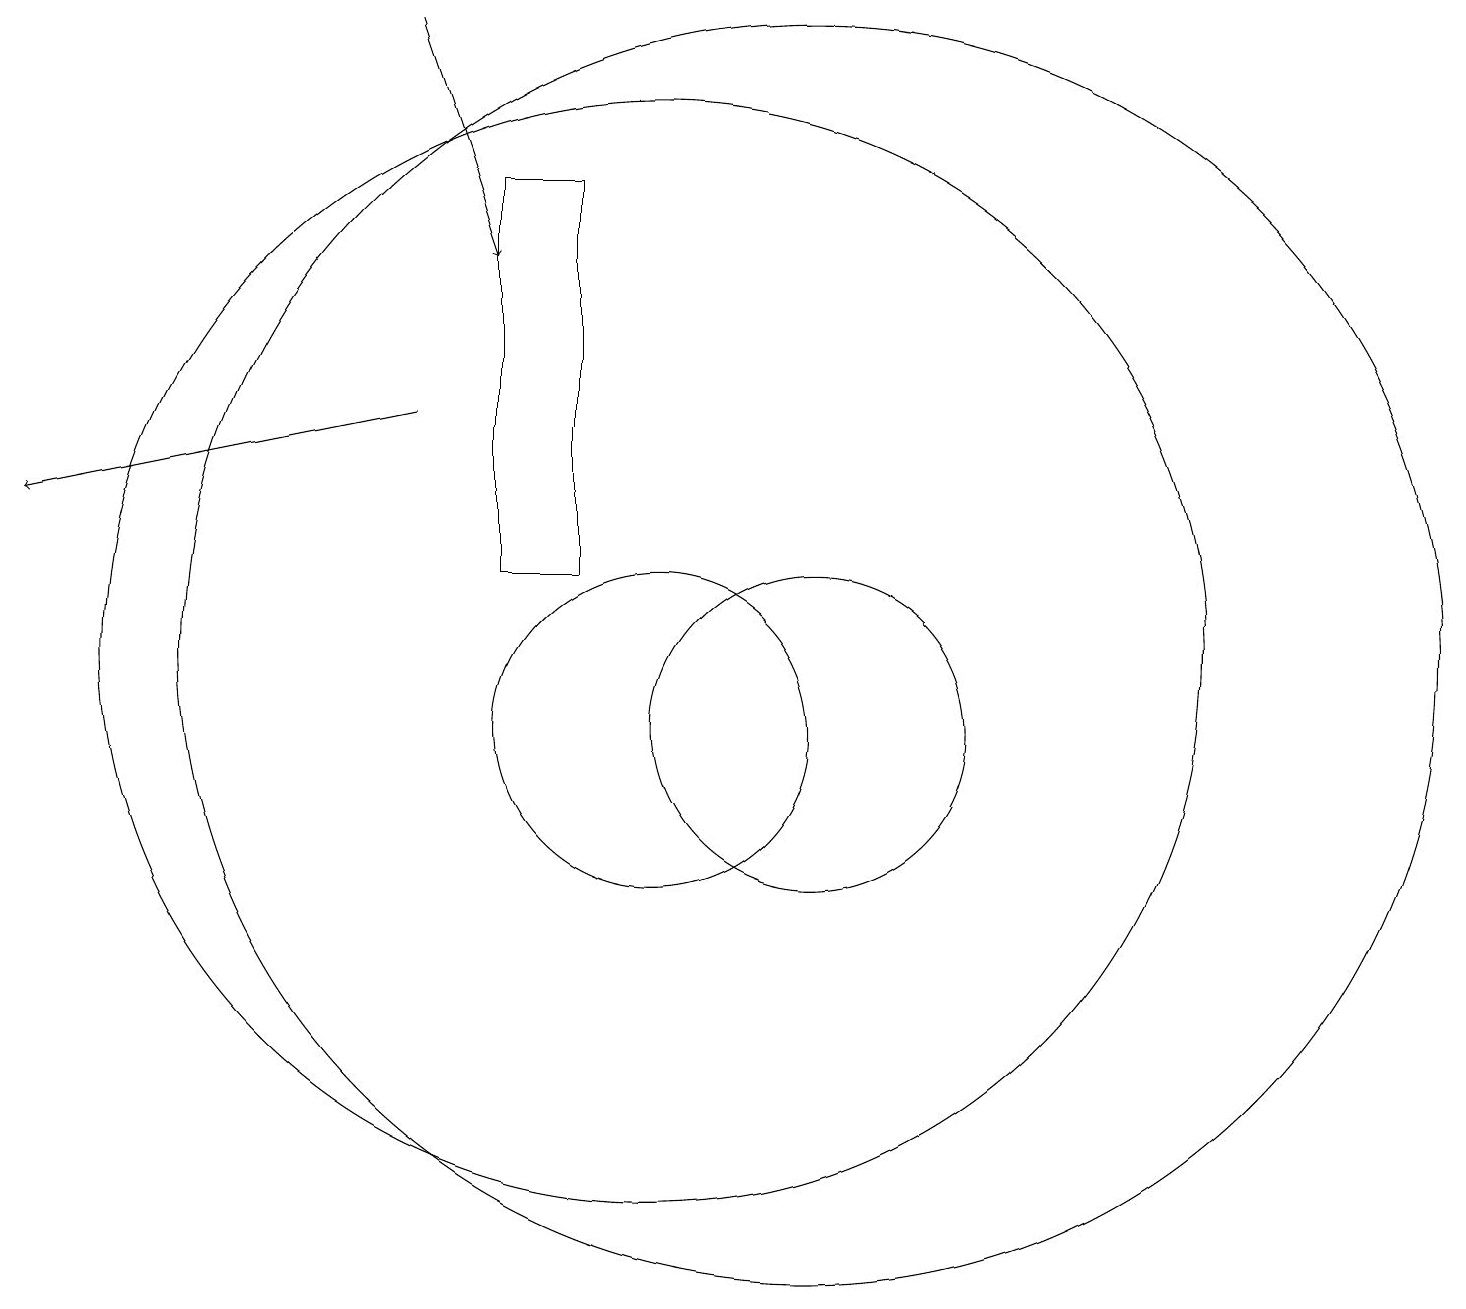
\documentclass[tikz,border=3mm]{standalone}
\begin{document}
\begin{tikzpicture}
\draw (12,11) circle (8);
\draw[->] (7,14) -- (2,13);
\draw (12,10) circle (2);
\draw[->] (7,19) -- (8,16);
\draw (10,11) circle (7);
\draw (10,10) circle (2);
\draw (9,12) rectangle (8,17);
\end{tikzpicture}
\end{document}